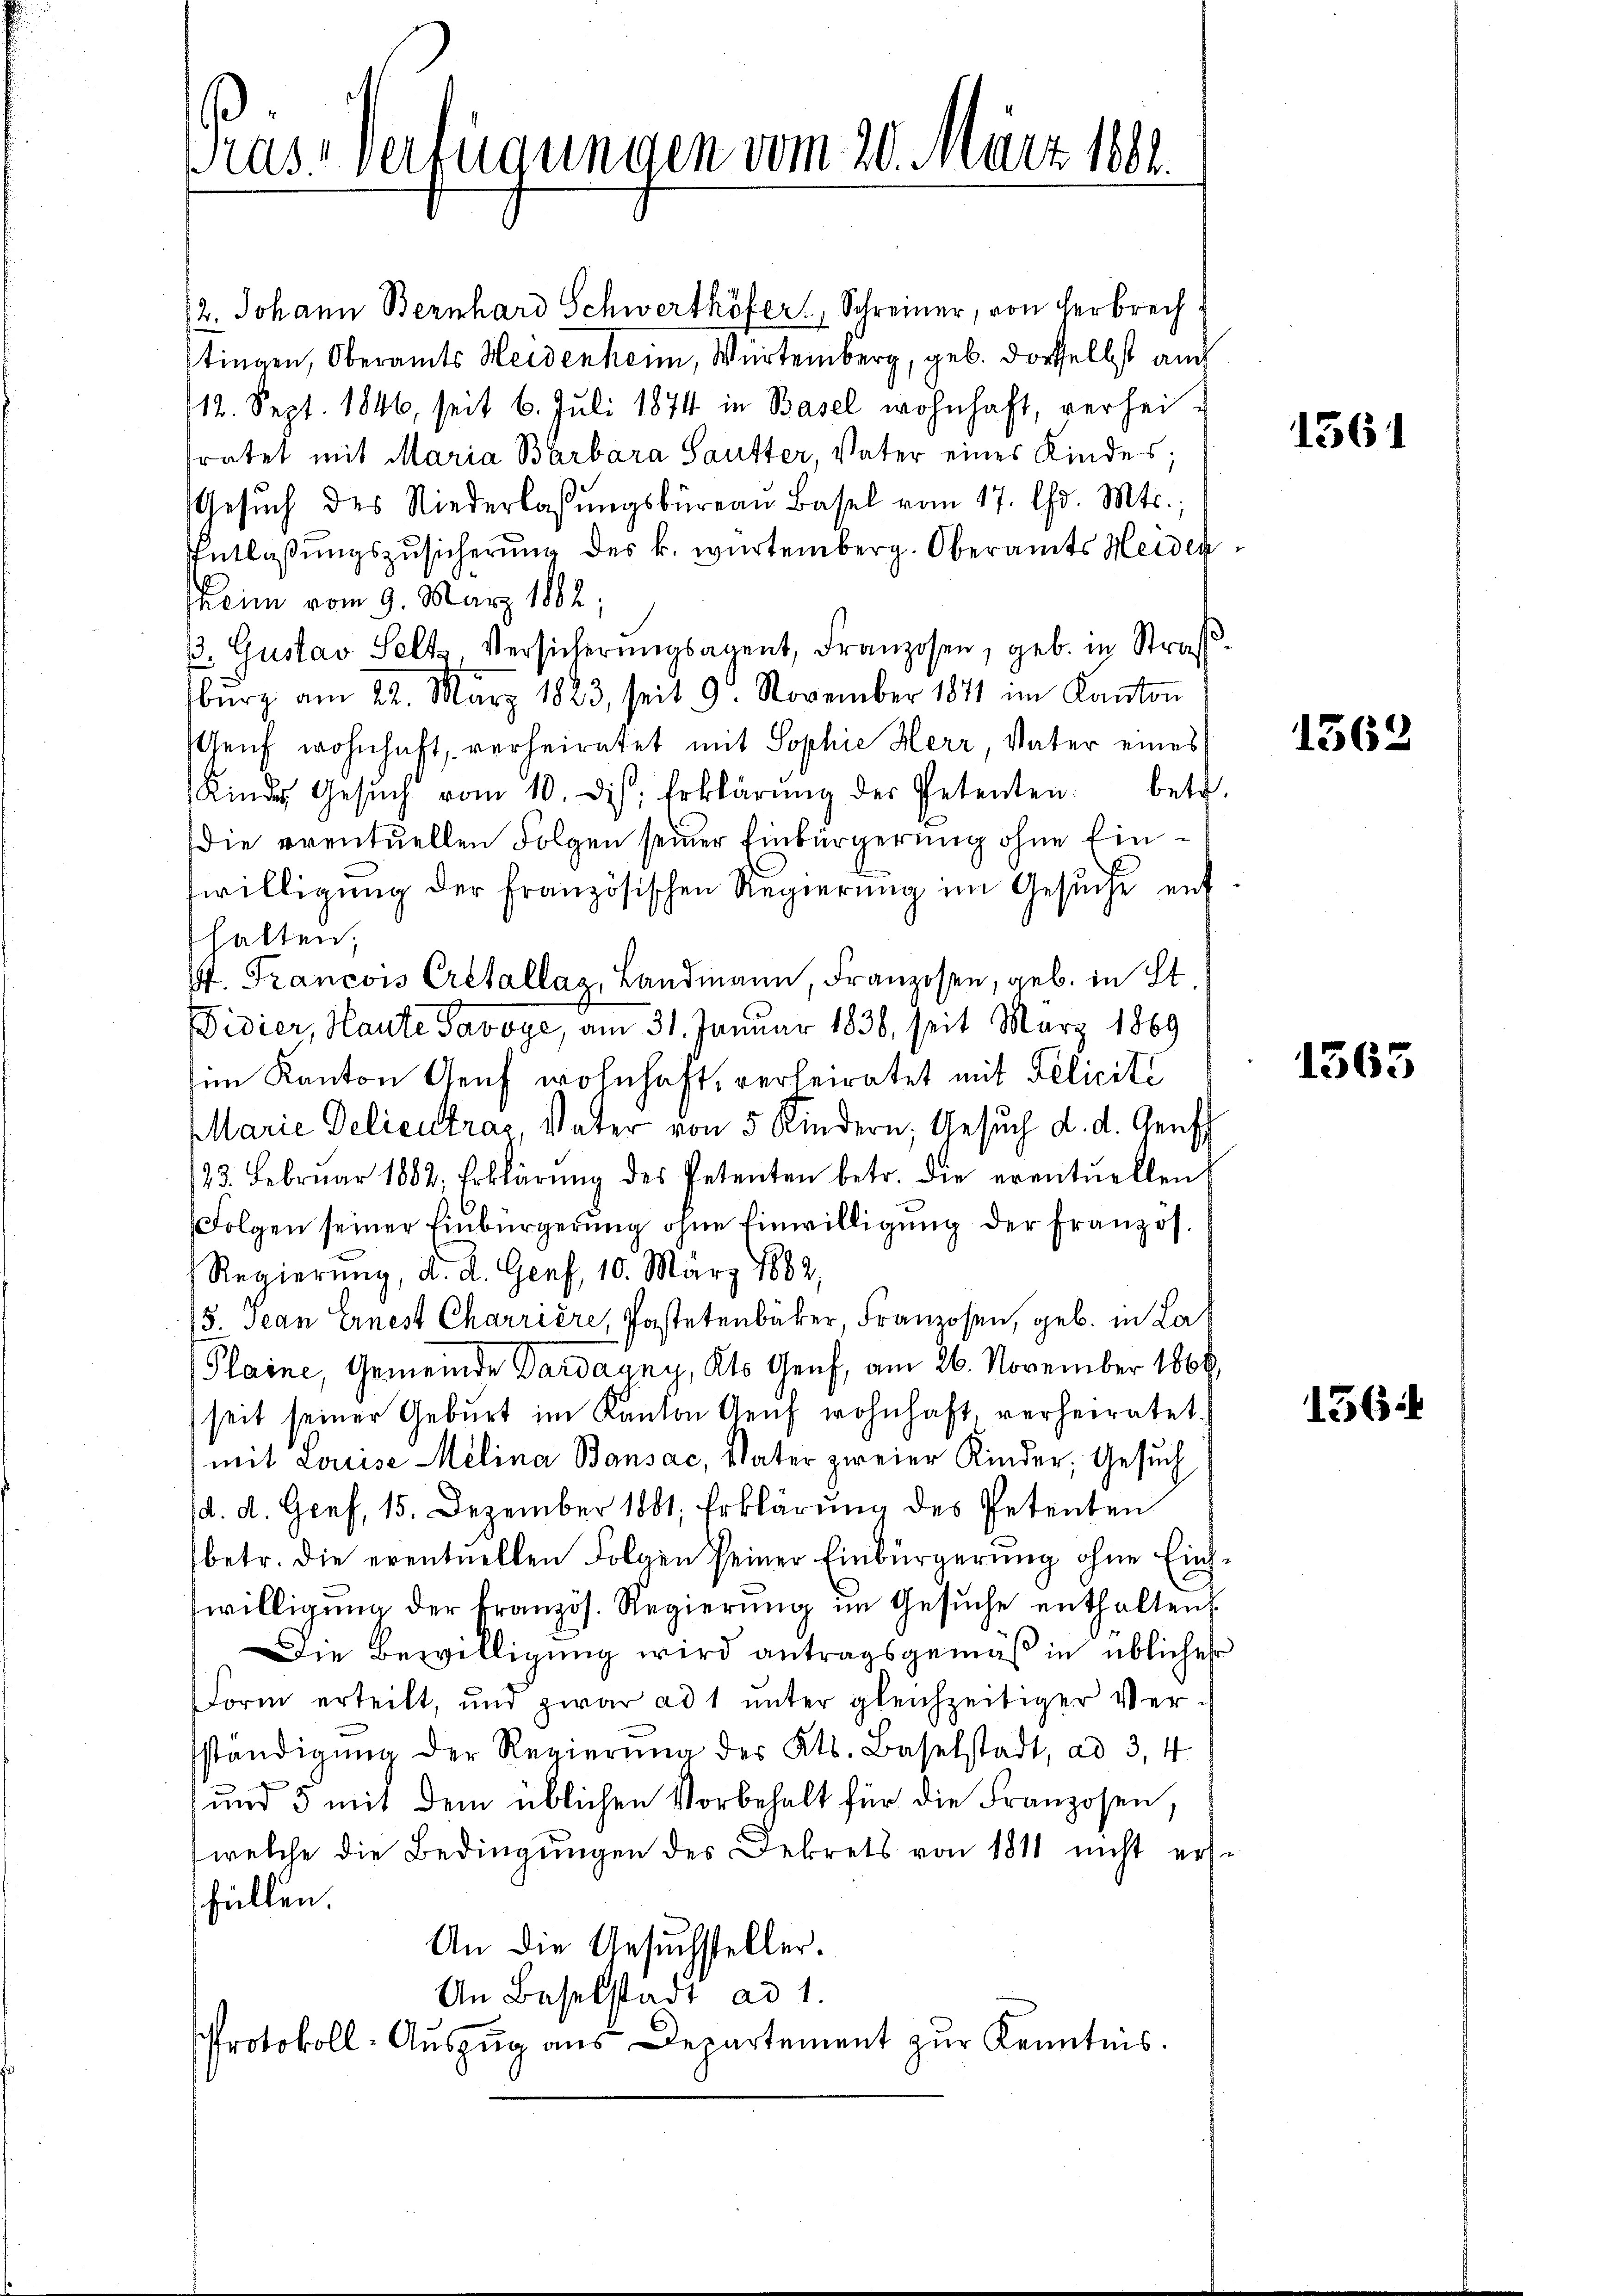
as“ verfügungen vom 20. März 1881.

12. Johann Bernhard Schwerthöfer, Schreiner, von herbrech
tingen, Oberamts Heidenheim, Würtemberg, geb. derselbst auch
12. Sept. 1846, seit 6. Juli 1874 in Basel wohnhaft, verhei-
fratet mit Maria Barbara Sautter, Vater eines Kindes;
Gesŭch des Niederlassŭngsbüreau Basel vom 17. Chr. Mts.,
Entlaßungszusicherung des k. würtemberg. Oberamts Heiden
heim vom 9. März 1882
. Gustav Selts Versicherŭngsagent, Franzosen, geb. in Straß
burg am 22. März 1823, seit 9. November 1871 im Kanton
sGenf wohnhaft, verheiratet mit Sophie Herr, Vater eines
Kinde Gesŭch vom 10. ds. Erklärŭng der Petenten betr.
die eventuellen Folgen seiner Einbürgerung ohne Einwilligŭng der Französischen Regierŭng im Gesŭche ent
halten;
4. Francois Cretallag, Landmann, Franzosen, geb. in St
Fidier, Haute Savoye, am 31. Januar 1838, seit März 1869
im Kanton Genf wohnhaft, verheiratet mit Pelicité
Marie Delieutras Vater von 5 Kindern, Gesuch d. d. Gensch
23. Februar 1882, Erklärŭng des Petenten betr. die eventuellen
Folgen seiner Einbürgerung ohne Einwilligung der Französ.
Regierung, d. d. Genf, 10. März 1882,
15. Jean Ernest Charrière, Pastetenbaker Franzosen, geb. in La
Plaine, Gemeinde Pardagny, Kts. Genf, am 26. November 1866,
seit seiner Geburt im Kanton Genf wohnhaft, verheiratet.
mit Louise Melina Bansac, Vater zweier Kinder, Gesuch
d. d. Genf, 15. Dezember 1801, Erklärung des Petenten
betr. die eventuellen Folgen seiner Einbürgerung ohne Einswilligŭng der französ. Regierŭng im Gesŭche enthalten.
Die Bewilligung wird antragsgemäß in üblicher
Form erteilt, und zwar ad 1 ŭnter gleichzeitiger Ver-
ständigŭng der Regierŭng des Kts. Baselstadt, ad 3, 4
und 5 mit dem üblichen Vorbehalt für die Franzosen,
welche die Bedingungen des Dekrets von 1811 nicht ers
füllen.
An die Ansuchsteller.
An Baselstadt ad 1.
Protokoll-Auszug aus Departement zur Kenntnis.

1

1361

1362

1363

564